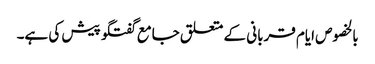
بالخصوص ایام قربانی کے متعلق جامع گفتگو پیش کی ہے۔